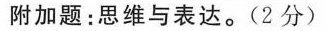
附加题 : 思维与表达. (2 分)